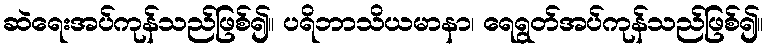
ဆဲရေးအပ်ကုန်သည်ဖြစ်၍။ ပရိဘာသိယမာနာ၊ ရေရွတ်အပ်ကုန်သည်ဖြစ်၍။